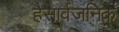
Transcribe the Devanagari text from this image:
हैसार्वजनिक